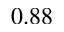
0 . 8 8